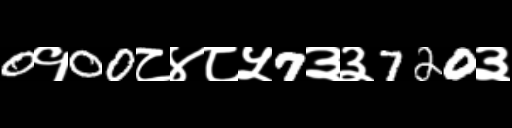
Text: 0१00८४८५7३३720३